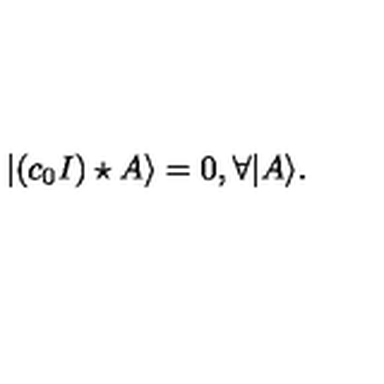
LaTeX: | ( c _ { 0 } I ) \star A \rangle = 0 , \forall | A \rangle .